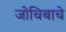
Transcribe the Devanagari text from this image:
जोचिबाचे